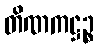
တိဏကဋ္ဌဉ္စ